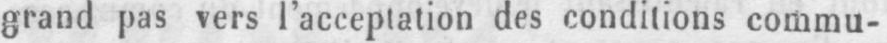
grand pas vers l’acceptation des conditions commu-